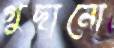
গুছানো